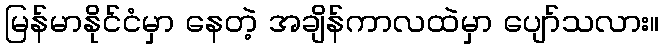
မြန်မာနိုင်ငံမှာ နေတဲ့ အချိန်ကာလထဲမှာ ပျော်သလား။